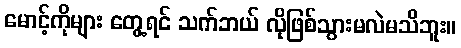
မောင့်ကိုများ တွေ့ရင် သက်ဘယ် လိုဖြစ်သွားမလဲမသိဘူး။